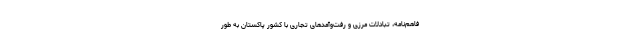
فاهم‌نامه، تبادلات مرزی و رفت‌وآمدهای تجاری با کشور پاکستان به طور